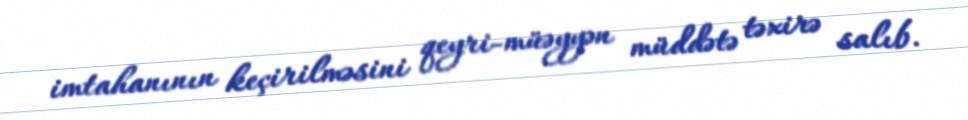
imtahanının keçirilməsini qeyri-müəyyən müddətə təxirə salıb.